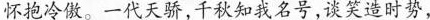
怀抱冷傲。一代天骄，千秋知我名号，谈笑造时势，